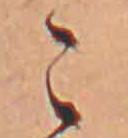
こ